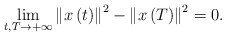
\begin{align*}\lim_{t,T\rightarrow+\infty}\left\Vert x\left( t\right) \right\Vert^{2}-\left\Vert x\left( T\right) \right\Vert ^{2}=0.\end{align*}